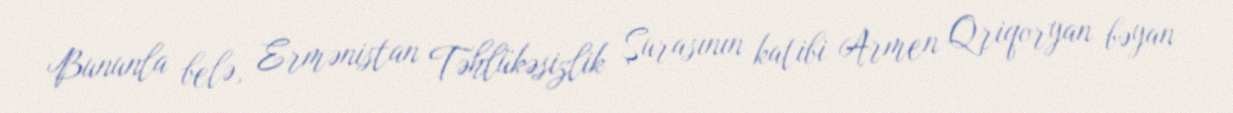
Bununla belə, Ermənistan Təhlükəsizlik Şurasının katibi Armen Qriqoryan bəyan